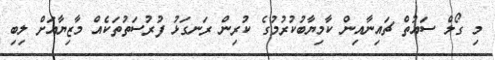
މި ގޯލް ސައުތް ޗައިނާއިން ކާމިޔާބުކުރުމުގެ ކުރިން ރަނގަޅު ފުރުސަތުތަކެއް މާޒިޔާއަށް ލިބި